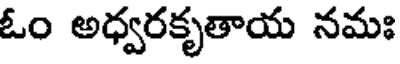
ఓం అధ్వరకృతాయ నమః